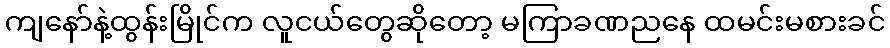
ကျနော်နဲ့ထွန်းမြိုင်က လူငယ်တွေဆိုတော့ မကြာခဏညနေ ထမင်းမစားခင်